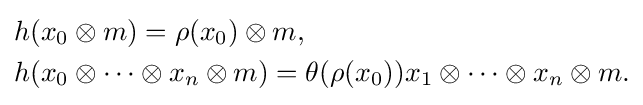
{\begin{aligned}&h(x_{0}\otimes m)=\rho (x_{0})\otimes m,\\&h(x_{0}\otimes \cdots \otimes x_{n}\otimes m)=\theta (\rho (x_{0}))x_{1}\otimes \cdots \otimes x_{n}\otimes m.\end{aligned}}